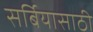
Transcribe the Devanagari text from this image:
सर्बियासाठी